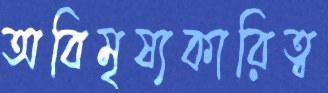
অবিমৃষ্যকারিত্ব